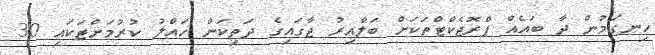
ހިނގަމުން ދާ ބައެއް ޕްރޮޖެކްޓްތަކަށް ބަލާއިރު ޖާގައިގެ ދަތިކަން ހައްލު ކުރުމަށްޓަކައި 30